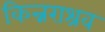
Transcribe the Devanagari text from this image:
किन्नराश्रव